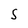
Character: S